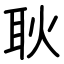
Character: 耿